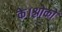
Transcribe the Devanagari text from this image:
के।श्लोकों